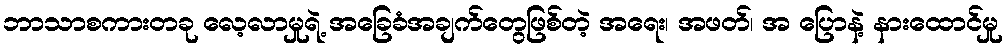
ဘာသာစကားတခု လေ့လာမှုရဲ့ အခြေခံအချက်တွေဖြစ်တဲ့ အရေး၊ အဖတ်၊ အ ပြောနဲ့ နားထောင်မှု